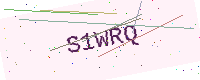
Text: S1WRQ